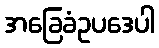
အခြေခံဥပဒေပါ